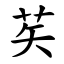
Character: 䒨